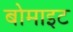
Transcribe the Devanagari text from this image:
बोमाइट